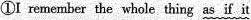
①I remember the whole thing as if it